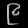
Digit: ၉